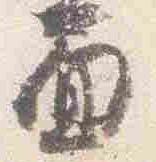
面